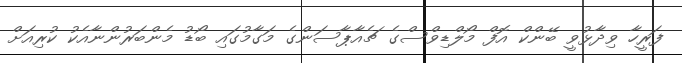
ފަރީހާ ވިދާޅުވީ ބޭންކް އޮފް މޯލްޑިވްސްގެ ޗެއާޕާސަންގެ މަގާމުގައި ބޯޑު މެންބަރުންނާއެކު ކުރިއަށް